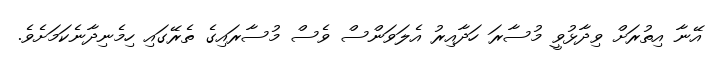
އޭނާ އިތުރަށް ވިދާޅުވީ މުސާރަ ހަދާއިރު އެލަވަންސް ވެސް މުސާރައިގެ ތެރޭގައި ހިމެނިދާނެކަމަށެވެ.